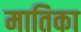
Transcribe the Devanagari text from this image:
मातिका